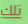
تلك